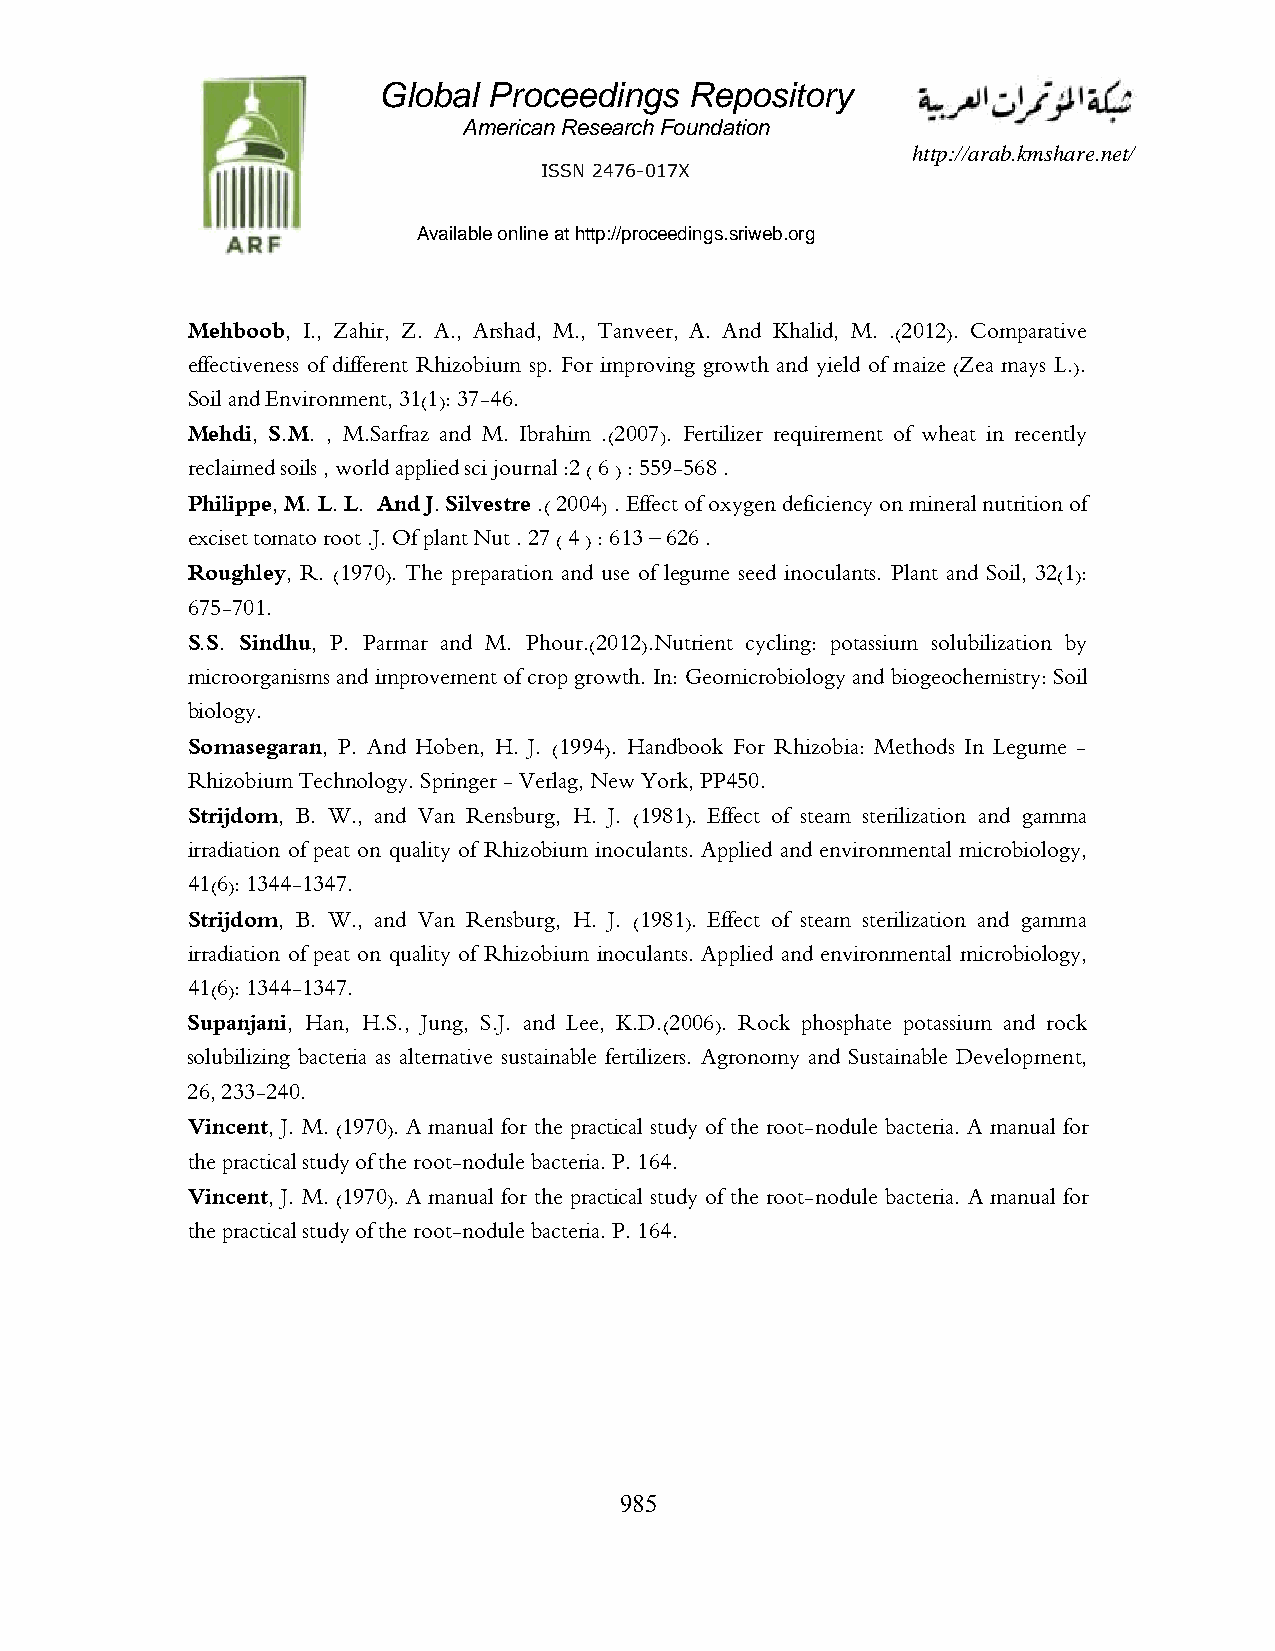
Global Proceedings   Repository
 American Research Foundation
 http://arab.kmshare.net/
 ISSN 2476-017X
 Available online at http://proceedings.sriweb.org
 Mehboob, I., Zahir, Z. A., Arshad, M., Tanveer, A. And Khalid, M. .(2012). Comparative
 effectiveness of different Rhizobium sp. For improving growth and yield of maize (Zea mays L.).
 Soil and Environment, 31(1): 37-46.
 Mehdi, S.M. , M.Sarfraz and M. Ibrahim .(2007). Fertilizer requirement of wheat in recently
 reclaimed soils , world applied sci journal :2 ( 6 ) : 559-568 .
 Philippe, M. L. L. And J. Silvestre .( 2004) . Effect of oxygen deficiency on mineral nutrition of
 exciset tomato root .J. Of plant Nut . 27 ( 4 ) : 613 – 626 .
 Roughley, R. (1970). The preparation and use of legume seed inoculants. Plant and Soil, 32(1):
 675-701.
 S.S. Sindhu, P. Parmar and M. Phour.(2012).Nutrient cycling: potassium solubilization by
 microorganisms and improvement of crop growth. In: Geomicrobiology and biogeochemistry: Soil
 biology.
 Somasegaran, P. And Hoben, H. J. (1994). Handbook For Rhizobia: Methods In Legume -
 Rhizobium Technology. Springer - Verlag, New York, PP450.
 Strijdom, B. W., and Van Rensburg, H. J. (1981). Effect of steam sterilization and gamma
 irradiation of peat on quality of Rhizobium inoculants. Applied and environmental microbiology,
 41(6): 1344-1347.
 Strijdom, B. W., and Van Rensburg, H. J. (1981). Effect of steam sterilization and gamma
 irradiation of peat on quality of Rhizobium inoculants. Applied and environmental microbiology,
 41(6): 1344-1347.
 Supanjani, Han, H.S., Jung, S.J. and Lee, K.D.(2006). Rock phosphate potassium and rock
 solubilizing bacteria as alternative sustainable fertilizers. Agronomy and Sustainable Development,
 26, 233-240.
 Vincent, J. M. (1970). A manual for the practical study of the root-nodule bacteria. A manual for
 the practical study of the root-nodule bacteria. P. 164.
 Vincent, J. M. (1970). A manual for the practical study of the root-nodule bacteria. A manual for
 the practical study of the root-nodule bacteria. P. 164.
 099